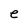
Character: e